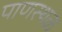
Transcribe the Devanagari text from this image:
पाणस्थळ